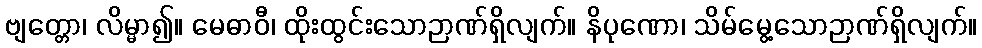
ဗျတ္တော၊ လိမ္မာ၍။ မေဓာဝီ၊ ထိုးထွင်းသောဉာဏ်ရှိလျက်။ နိပုဏော၊ သိမ်မွေ့သောဉာဏ်ရှိလျက်။